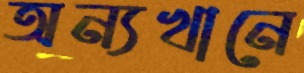
অন্যখানে